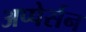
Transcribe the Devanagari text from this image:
अप्पेर्सन